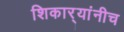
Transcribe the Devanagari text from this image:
शिकार्‍यांनीच